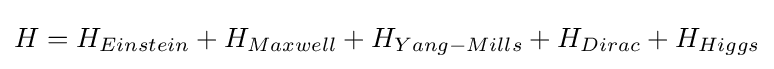
H=H_{Einstein}+H_{Maxwell}+H_{Yang-Mills}+H_{Dirac}+H_{Higgs}